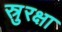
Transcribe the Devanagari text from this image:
स्रुरक्षा